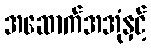
အဆောက်အအုံနှင့်